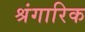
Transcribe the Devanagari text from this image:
श्रंगारिक